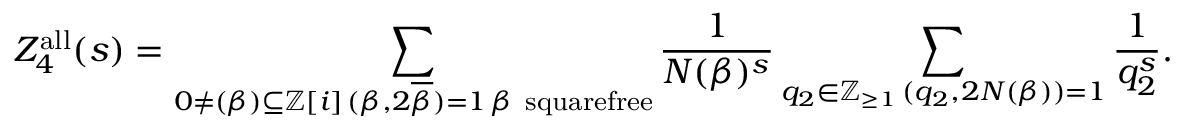
Z _ { 4 } ^ { \mathrm { a l l } } ( s ) = \sum _ { \substack { 0 \neq ( \beta ) \subseteq \ensuremath { \mathbb Z } [ i ] \, ( \beta , 2 \overline { { \beta } } ) = 1 \, \beta \mathrm { ~ s q u a r e f r e e } } } \frac { 1 } { N ( \beta ) ^ { s } } \sum _ { \substack { q _ { 2 } \in \ensuremath { \mathbb Z } _ { \geq 1 } \, ( q _ { 2 } , 2 N ( \beta ) ) = 1 } } \frac { 1 } { q _ { 2 } ^ { s } } .